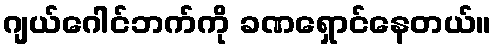
ဂျယ်ဂေါင်ဘက်ကို ခဏရှောင်နေတယ်။